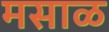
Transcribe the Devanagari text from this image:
मसाळ